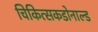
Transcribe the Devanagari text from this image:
चिकित्सकडोनाल्ड